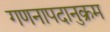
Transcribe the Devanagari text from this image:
गणनापदानुक्रम